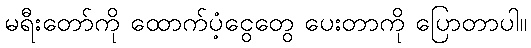
မရီးတော်ကို ထောက်ပံ့ငွေတွေ ပေးတာကို ပြောတာပါ။